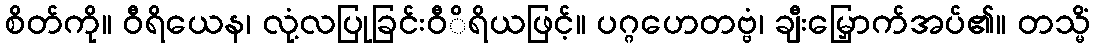
စိတ်ကို။ ဝီရိယေန၊ လုံ့လပြုခြင်းဝီိရိယဖြင့်။ ပဂ္ဂဟေတဗ္ဗံ၊ ချီးမြှောက်အပ်၏။ တသ္မိံ